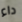
داء